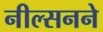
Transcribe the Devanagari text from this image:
नील्सनने